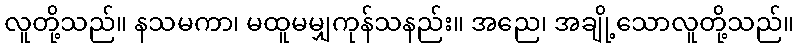
လူတို့သည်။ နသမကာ၊ မထူမမျှကုန်သနည်း။ အညေ၊ အချို့သောလူတို့သည်။